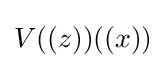
V((z))((x))